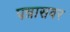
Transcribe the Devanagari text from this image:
पन्नासवर